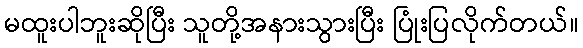
မထူးပါဘူးဆိုပြီး သူတို့အနားသွားပြီး ပြုံးပြလိုက်တယ်။